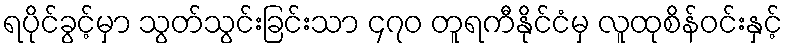
ရပိုင်ခွင့်မှာ သွတ်သွင်းခြင်းသာ ၄၇၀ တူရကီနိုင်ငံမှ လူထုစိန်ဝင်းနှင့်